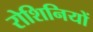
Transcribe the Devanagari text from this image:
रोशिनियों